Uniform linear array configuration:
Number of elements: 48
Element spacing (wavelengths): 1
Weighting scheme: hann
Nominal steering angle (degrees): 45
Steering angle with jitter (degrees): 43.582
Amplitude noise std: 0.05
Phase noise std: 0.05

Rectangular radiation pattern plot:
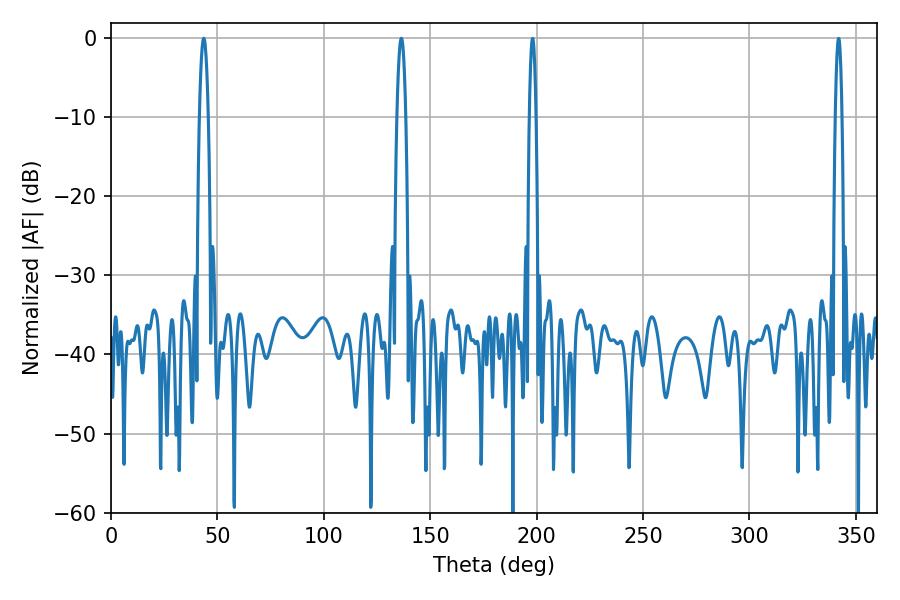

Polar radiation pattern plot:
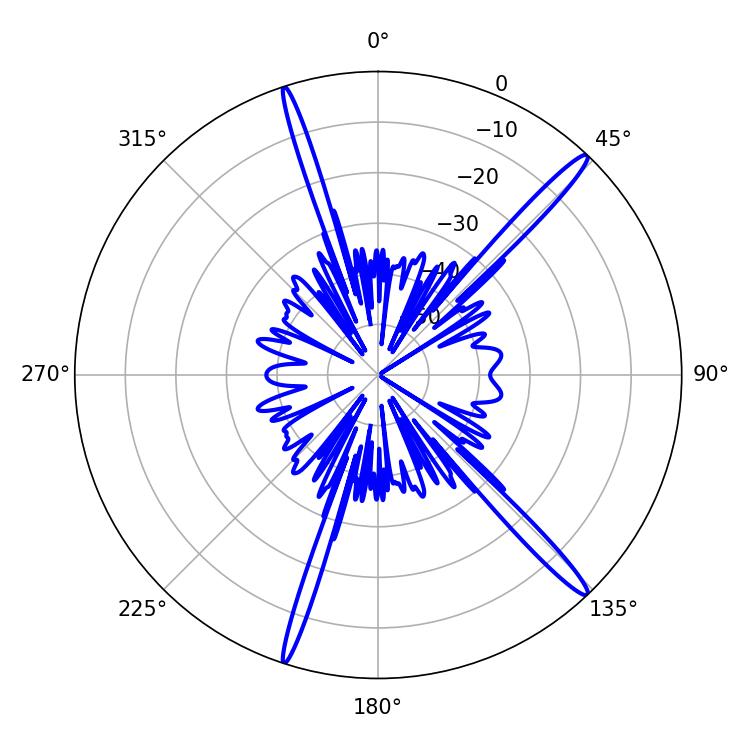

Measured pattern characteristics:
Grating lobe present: TRUE
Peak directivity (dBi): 17.009
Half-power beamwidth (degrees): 2.16
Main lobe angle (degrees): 43.56